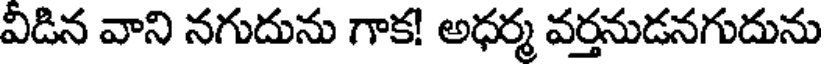
వీడిన వాని నగుదును గాక! అధర్మ వర్తనుడనగుదును